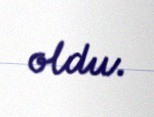
oldu.